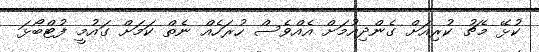
ކުޅޭ މެޗު ކުރިއަށް ގެންދިއުމަަށް އެއްވެސް ހުރަހެއް ނެތް ކަމަށް ގައުމީ ފުޓްބޯޅަ